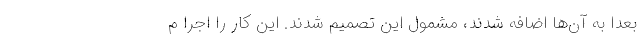
بعدا به آن‌ها اضافه شدند، مشمول این تصمیم شدند. این کار را اجرا م